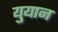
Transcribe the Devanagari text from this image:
युयान